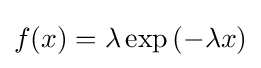
f(x)=\lambda \exp \left(-\lambda x\right)